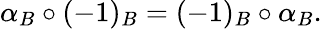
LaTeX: \alpha_{B}\circ(-1)_{B}=(-1)_{B}\circ\alpha_{B}.